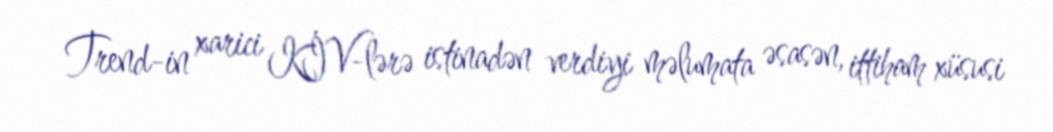
Trend-in xarici KİV-lərə istinadən verdiyi məlumata əsasən, ittiham xüsusi